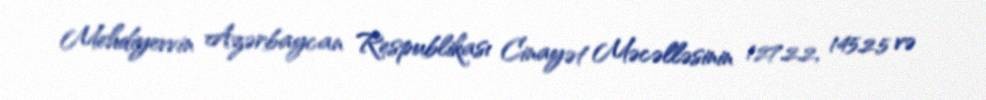
Mehdiyevvin Azərbaycan Respublikası Cinayət Məcəlləsinin 127.2.2, 145.2.5 və